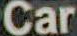
Car